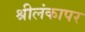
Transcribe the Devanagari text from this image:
श्रीलंकापर